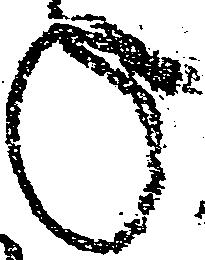
ね